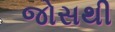
જોસથી